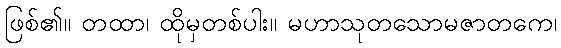
ဖြစ်၏။ တထာ၊ ထိုမှတစ်ပါး။ မဟာသုတသောမဇာတကေ၊